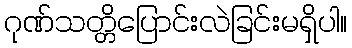
ဂုဏ်သတ္တိပြောင်းလဲခြင်းမရှိပါ။